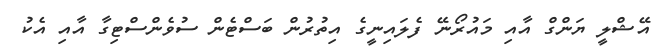
އޭޝްލީ ޔަންގް އާއި މައުރޯނޭ ފެލައިނީގެ އިތުރުން ބަސްޓެން ސުވެންސްޓިގާ އާއި އެކު